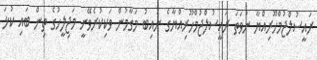
ރައީސުލްޖުމްހޫރިއްޔާ ނުވަތަ ރައީސުލްޖުމްހޫރިއްޔާގެ ނައިބު މަގާމުން ވަކިކުރެވޭނީ މަޖިލީހުގެ ތިން ބައި ކުޅަ